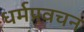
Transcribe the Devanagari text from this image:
धर्मप्रवचन